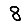
Digit: 8